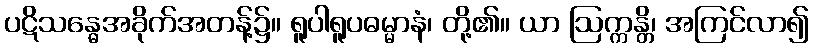
ပဋိသန္ဓေအခိုက်အတန့်၌။ ရူပါရူပဓမ္မာနံ၊ တို့၏။ ယာ ဩက္ကန္တိ၊ အကြင်လာ၍